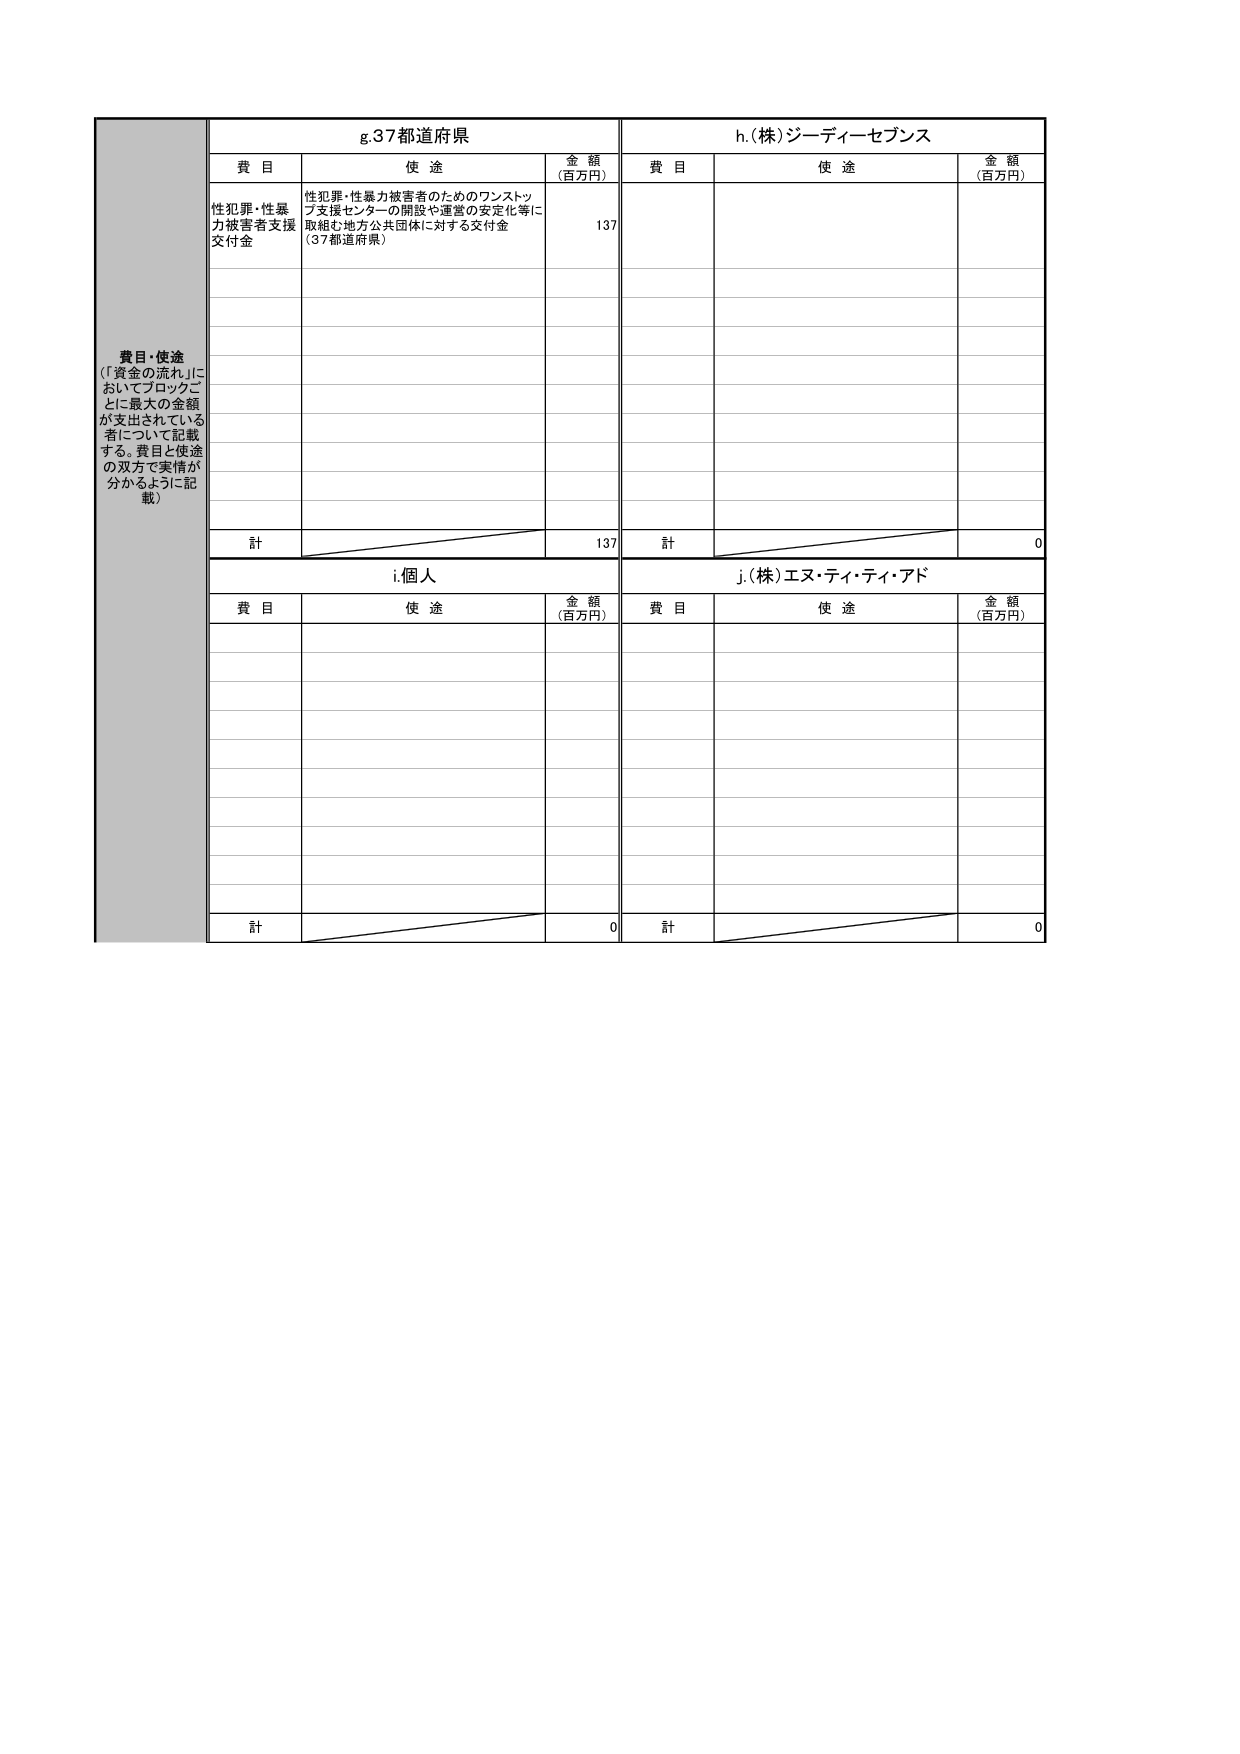
費目・使途
（「資金の流れ」においてブロックごとに最大の金額が支出されている者について記載する。費目と使途の双方で実情が分かるように記載）

g.37都道府県
費目 使途 金額（百万円）
性犯罪・性暴力被害者支援交付金 性犯罪・性暴力被害者のためのワンストップ支援センターの開設や運営の安定化等に取組む地方公共団体に対する交付金（37都道府県） 137
計 137

h.(株)ジーディーセブンス
費目 使途 金額（百万円）
計 0

i.個人
費目 使途 金額（百万円）
計 0

j.(株)エヌ・ティ・ティ・アド
費目 使途 金額（百万円）
計 0